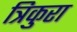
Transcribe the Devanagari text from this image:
त्रिकुरा